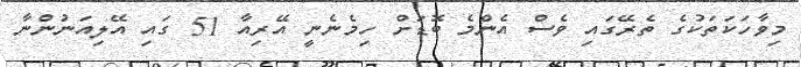
މިވާހަކަތަކުގެ ތެރޭގައި ވެސް އެންމެ ބޮޑަށް ހިމެނެނީ އޭރިއާ 51 ގައި އޭލިއަނުންނާ